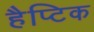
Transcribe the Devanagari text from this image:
हैप्टिक